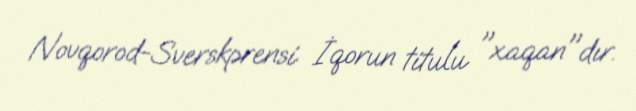
Novqorod-Sverskprensi İqorun titulu "xaqan"dır.